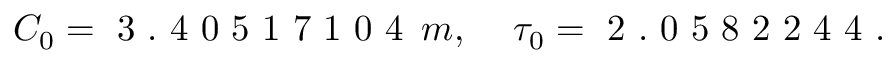
C _ { 0 } = \mathrm { ~ 3 ~ . ~ 4 ~ 0 ~ 5 ~ 1 ~ 7 ~ 1 ~ 0 ~ 4 ~ } \, m , \quad \, \tau _ { 0 } = \mathrm { ~ 2 ~ . ~ 0 ~ 5 ~ 8 ~ 2 ~ 2 ~ 4 ~ 4 ~ } .